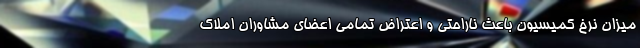
میزان نرخ کمیسیون باعث ناراحتی و اعتراض تمامی اعضای مشاوران املاک